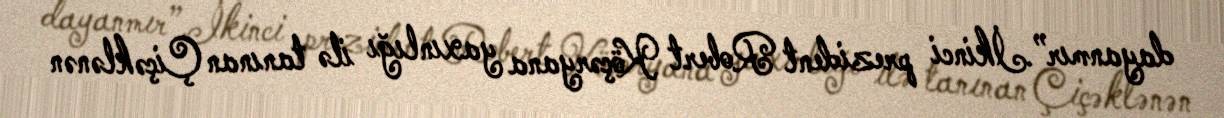
dayanmır”.İkinci prezident Robert Köçəryana yaxınlığı ilə tanınan Çiçəklənən